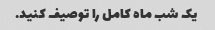
یک شب ماه کامل را توصیف کنید.